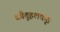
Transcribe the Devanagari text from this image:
कौतूहलकृत